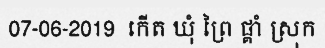
07-06-2019  កើត ឃុំ ព្រៃ ផ្គាំ ស្រុក